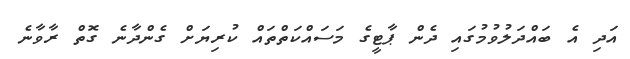
އަދި އެ ބައްދަލުވުމުގައި ދެން ޕާޓީގެ މަސައްކަތްތައް ކުރިޔަށް ގެންދާނެ ގޮތް ރާވާނެ